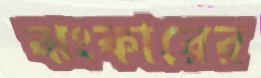
ঝংকারের